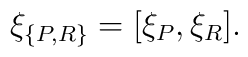
\xi_{\{ P , R\}} = [\xi_P , \xi_R].